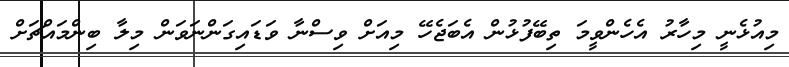
މިއުޅެނީ މިހާރު އެހެންވީމަ ތިބޭފުޅުން އެބަޖެހޭ މިއަށް ވިސްނާ ވަޑައިގަންނަވަން މިލާ ބިންމައްޗަށް